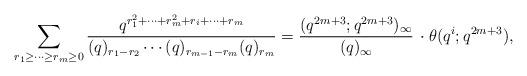
LaTeX: \begin{align*}\sum_{r_1\geq\dots\geq r_m\geq 0}\frac{q^{r_1^2+\cdots+r_m^2+r_i+\cdots+r_m}}{(q)_{r_1-r_2}\cdots(q)_{r_{m-1}-r_m}(q)_{r_m}}=\frac{(q^{2m+3};q^{2m+3})_{\infty}}{(q)_{\infty}}\, \cdot\theta(q^i;q^{2m+3}),\end{align*}